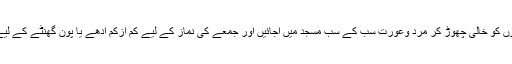
اور یہ ممکن بھی نہیں ہے کہ گھروں کو خالی چھوڑ کر مرد وعورت سب کے سب مسجد میں آجائیں اور جمعے کی نماز کے لیے کم ازکم آدھے یا پون گھنٹے کے لیے گھروں میں تالے لٹکا دئے جائیں۔